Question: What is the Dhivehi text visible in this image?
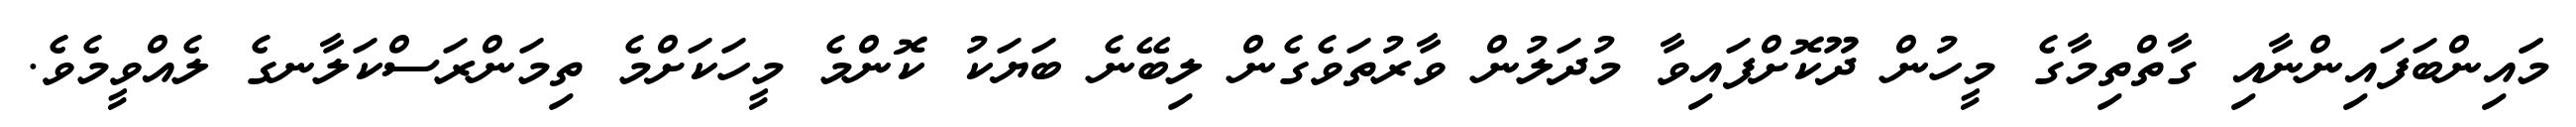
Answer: މަައިންބަފައިންނާއި ގާތްތިމާގެ މީހުން ދޫކޮށްފައިވާ މުދަލުން ވާރުތަވެގެން ލިބޭނެ ބަޔަކު ކޮންމެ މީހަކަށްމެ ތިމަންރަސްކަލާނގެ ލެއްވީމެވެ.